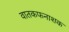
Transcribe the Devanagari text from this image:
वातकफनाशक